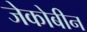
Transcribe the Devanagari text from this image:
जेकोबीन